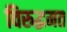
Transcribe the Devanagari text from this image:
विरुद्धमत